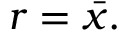
r = { \bar { x } } .